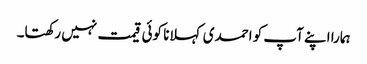
ہمارا اپنے آپ کو احمدی کہلانا کوئی قیمت نہیں رکھتا۔